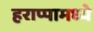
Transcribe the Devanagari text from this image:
हराप्पामध्ये